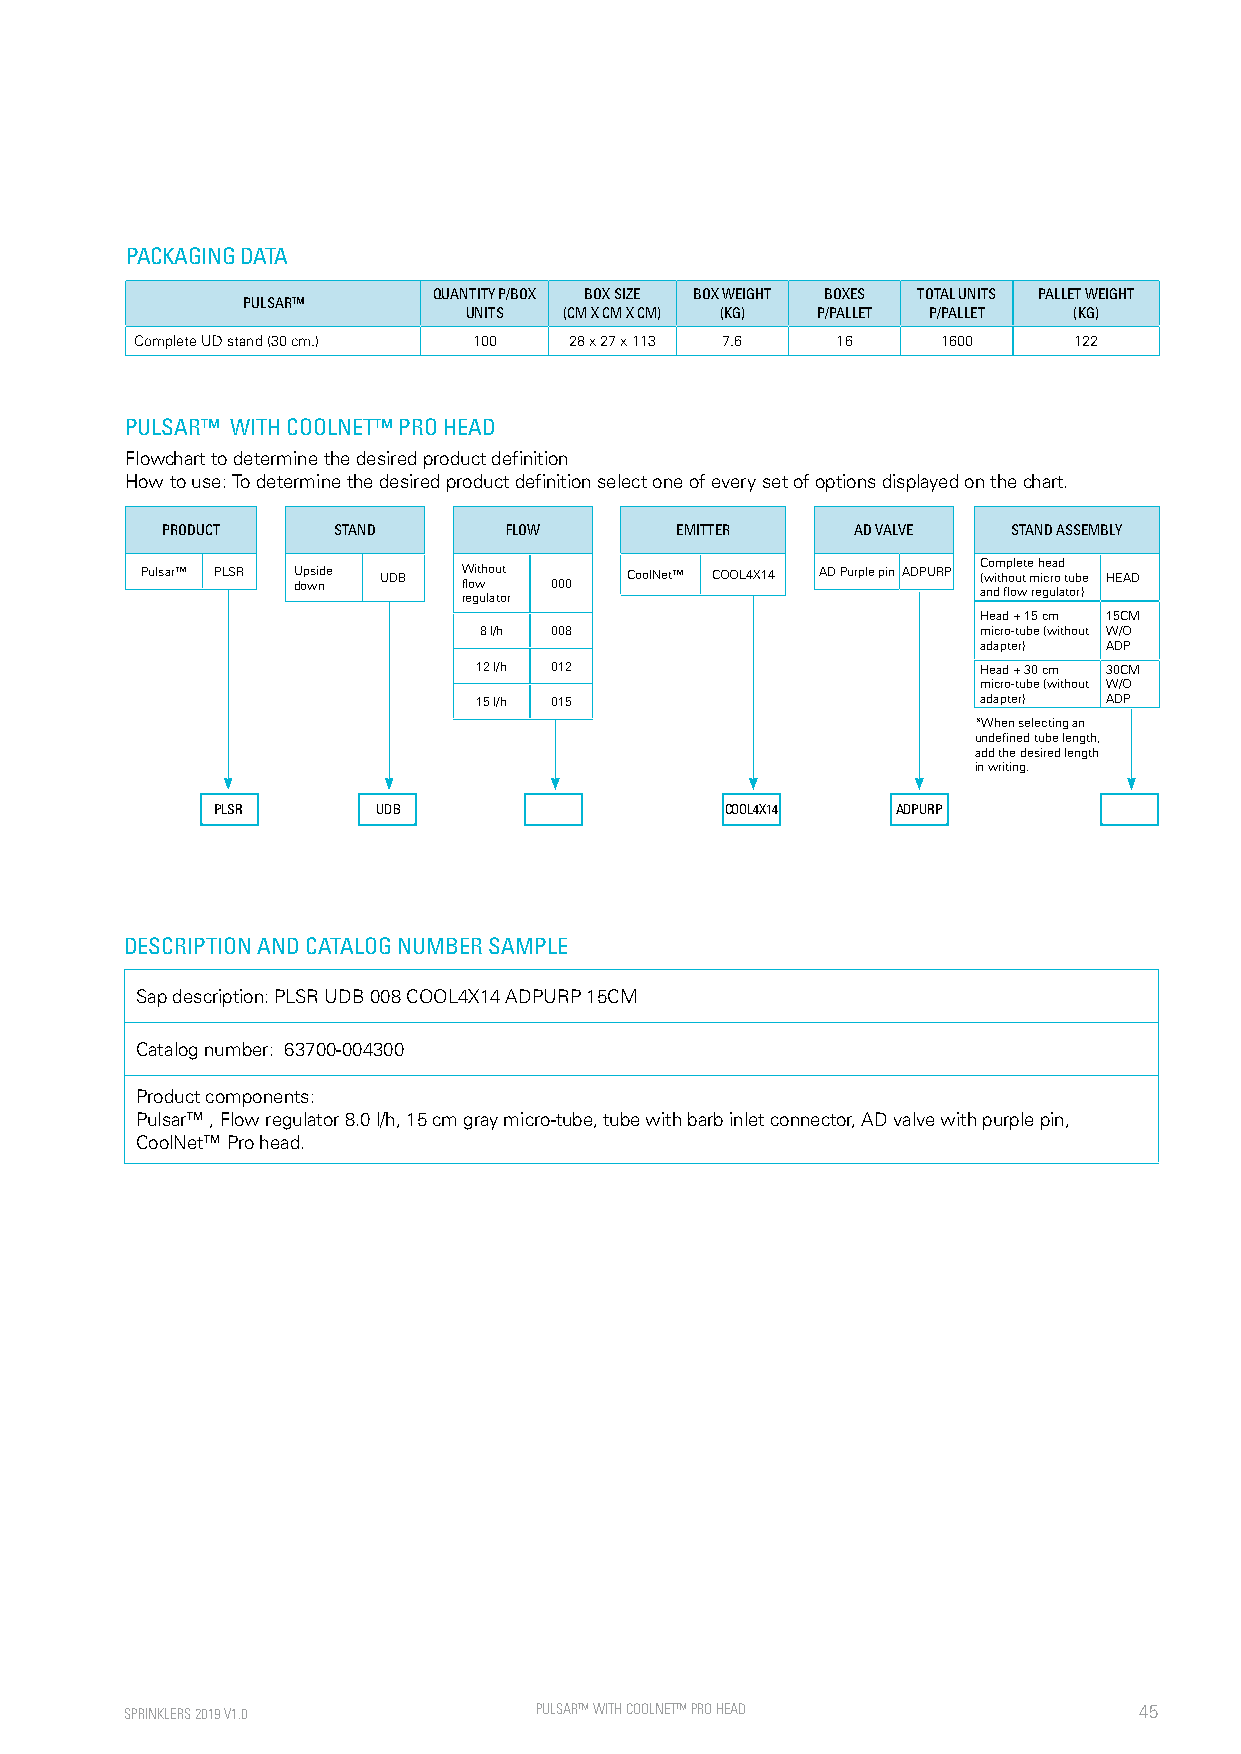
PACKAGING DATA
 QUANTITY P/BOX BOX SIZE BOX WEIGHT BOXES TOTAL UNITS PALLET WEIGHT
 PULSAR™
 UNITS (CM X CM X CM) (KG) P/PALLET P/PALLET (KG)
 Complete UD stand (30 cm.) 100 28 x 27 x 113 7.6 16  1600     122
 PULSAR™ WITH COOLNET™ PRO HEAD
 Flowchart to determine the desired product definition
 How to use: To determine the desired product definition select one of every set of options displayed on the chart.
 PRODUCT    STAND      FLOW        EMITTER     AD VALVE  STAND ASSEMBLY
 Pulsar™ PLSR U dop wsi nde UDB W floi wth out 000 CoolNet™ COOL4X14 AD Purple pin ADPURP C (wo im thp ol ue tt e m h ice ra od t ube HEAD
 regulator                         and flow regulator)
 Head + 15 cm 15CM
 8 l/h 008                        micro-tube (without W/O
 adapter) ADP
 12 l/h 012                       Head + 30 cm 30CM
 micro-tube (without W/O
 15 l/h 015                       adapter) ADP
 *When selecting an
 undefined tube length,
 add the desired length
 in writing.
 PLSR       UDB                    COOL4X14   ADPURP
 DESCRIPTION AND CATALOG NUMBER SAMPLE
 Sap description: PLSR UDB 008 COOL4X14 ADPURP 15CM
 Catalog number: 63700-004300
 Product components:
 Pulsar™ , Flow regulator 8.0 l/h, 15 cm gray micro-tube, tube with barb inlet connector, AD valve with purple pin,
 CoolNet™ Pro head.
 SPRINKLERS 2019 V1.0       PULSAR™ WITH CO OLNET™ PRO HEAD         45